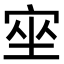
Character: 𡨠